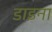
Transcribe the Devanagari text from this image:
डाइना